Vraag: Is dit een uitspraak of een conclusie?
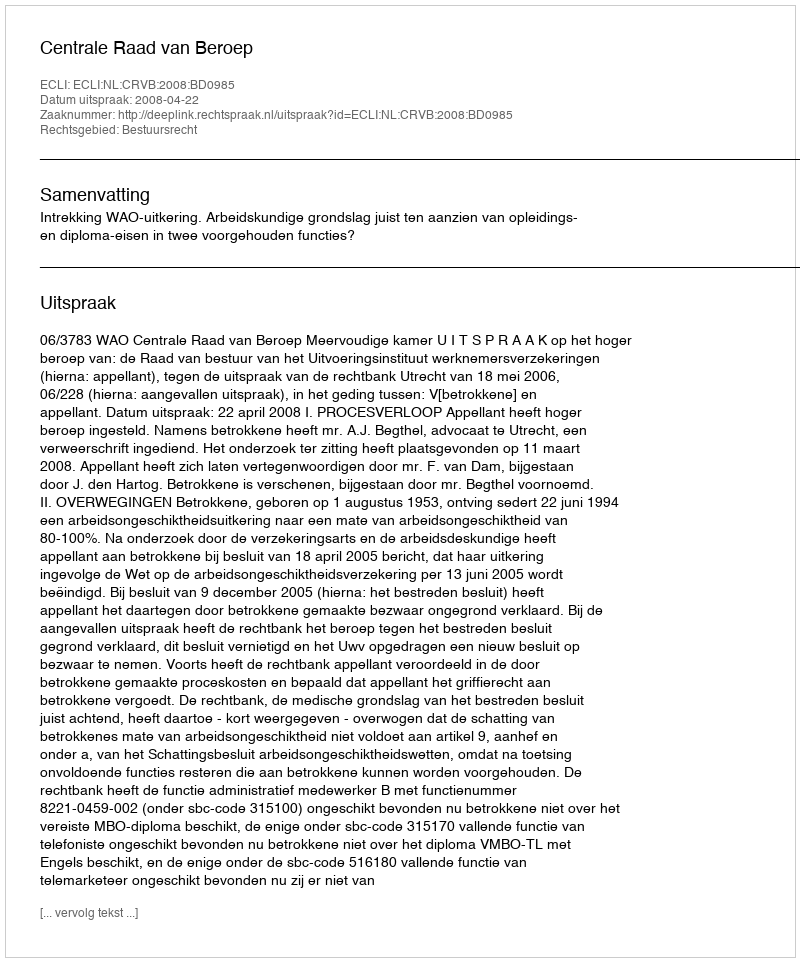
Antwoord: Uitspraak